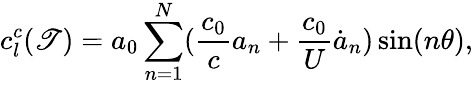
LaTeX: c_{l}^{c}(\mathscr{T})=a_{0}\sum_{n=1}^{N}(\frac{{c_{0}}}{{c}}a_{n}+\frac{{c_{0}}}{{U}}{\dot{{a}}_{n}})\sin(n\theta),